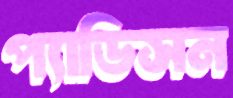
প্যাডিসন